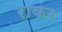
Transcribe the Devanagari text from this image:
राकर